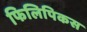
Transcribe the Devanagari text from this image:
फिलिपिकस